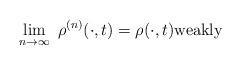
LaTeX: \begin{align*} \lim_{n\to \infty} \ \rho^{(n)} (\cdot,t) = \rho(\cdot,t) \mbox{weakly} \end{align*}